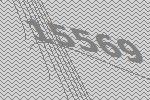
15569